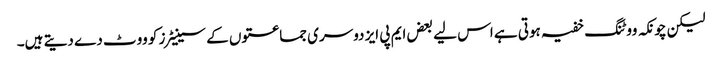
لیکن چونکہ ووٹنگ خفیہ ہوتی ہے اس لیے بعض ایم پی ایز دوسری جماعتوں کے سینیٹرز کو ووٹ دے دیتے ہیں۔